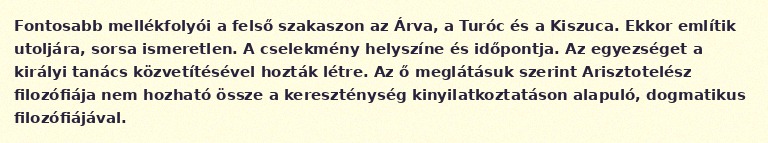
Fontosabb mellékfolyói a felső szakaszon az Árva, a Turóc és a Kiszuca. Ekkor említik utoljára, sorsa ismeretlen. A cselekmény helyszíne és időpontja. Az egyezséget a királyi tanács közvetítésével hozták létre. Az ő meglátásuk szerint Arisztotelész filozófiája nem hozható össze a kereszténység kinyilatkoztatáson alapuló, dogmatikus filozófiájával.